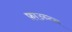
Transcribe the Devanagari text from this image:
फ़ाउन्टन